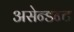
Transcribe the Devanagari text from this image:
असेन्डन्ट